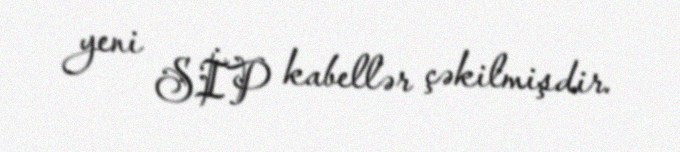
yeni SİP kabellər çəkilmişdir.